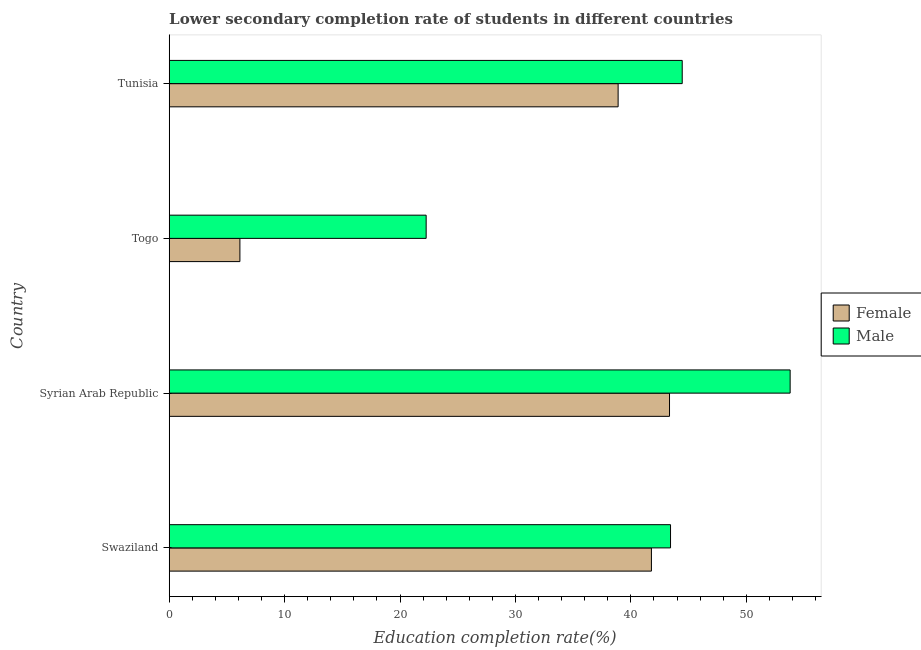
| Country | Female | Male |
 | --- | --- | --- |
 | Swaziland | 41.8 | 43.4 |
 | Syrian Arab Republic | 43.3 | 53.8 |
 | Togo | 6.13 | 22.3 |
 | Tunisia | 38.9 | 44.4 |